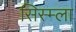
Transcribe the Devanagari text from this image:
सिस्म्ला